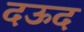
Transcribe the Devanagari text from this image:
दऊद